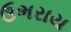
ઉભરાય